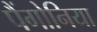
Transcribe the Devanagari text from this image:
पैंगोनिया